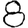
Digit: 8